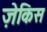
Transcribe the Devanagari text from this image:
ज़ेकिस